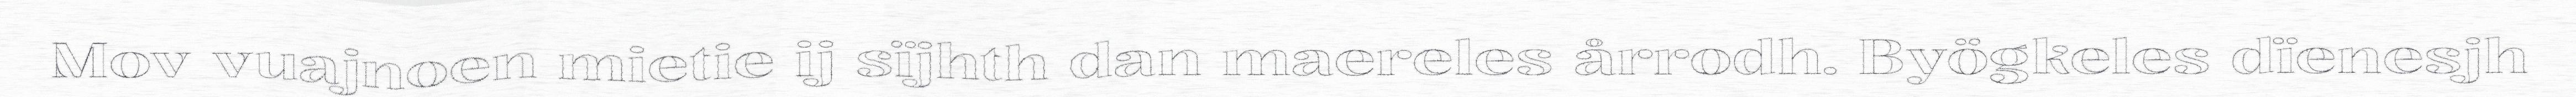
Mov vuajnoen mietie ij sïjhth dan maereles årrodh. Byögkeles dïenesjh